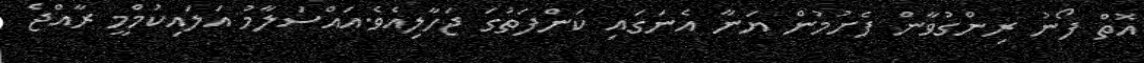
އޮތް ފޯނު ރިންގުވާން ފެށުމުން ޔަނާ އެނަގައި ކަންފަތުގަ ޖަހާލިއެވެ.އައްސަލާމު އަލައިކުމްމީ ރާއްޖެ